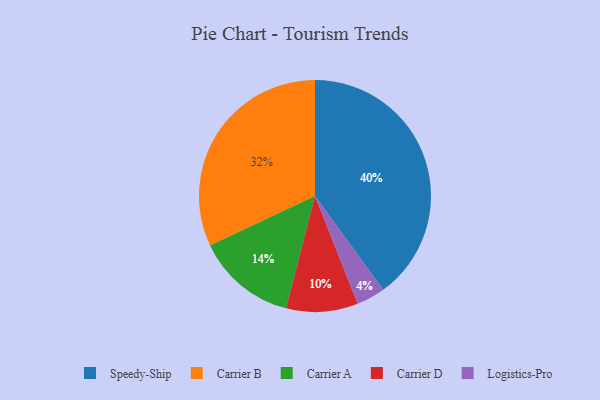
{"axis": {"x": "Category", "y": "Percentage"}, "legend": ["Carrier A", "Carrier B", "Carrier D", "Logistics-Pro", "Speedy-Ship"], "data": [{"x": "Speedy-Ship", "y": 40, "type": "Speedy-Ship"}, {"x": "Carrier A", "y": 14, "type": "Carrier A"}, {"x": "Carrier B", "y": 32, "type": "Carrier B"}, {"x": "Carrier D", "y": 10, "type": "Carrier D"}, {"x": "Logistics-Pro", "y": 4, "type": "Logistics-Pro"}]}